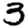
Digit: 3